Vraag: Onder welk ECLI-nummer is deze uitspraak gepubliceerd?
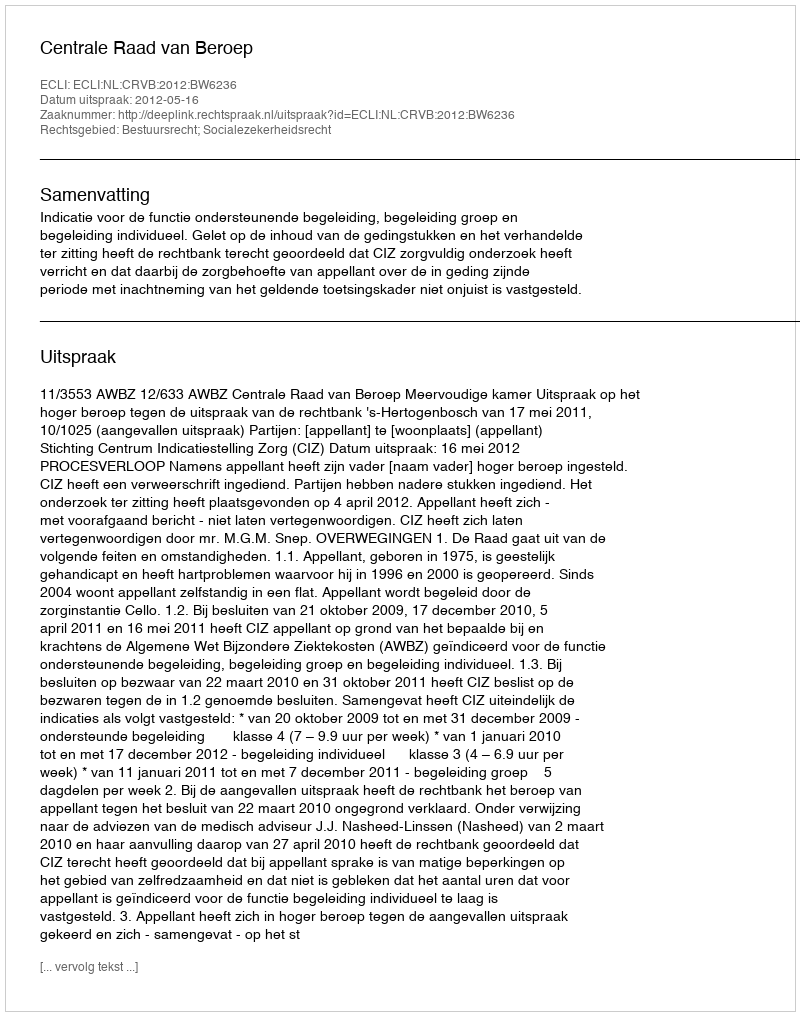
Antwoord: ECLI:NL:CRVB:2012:BW6236